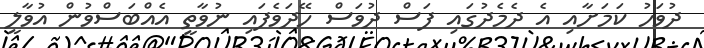
ދުވަހު ކަމަށާއި އެ ދެމެދުގައި ފަސް ދުވަސް ހޭދަވެފައި ނުވާތީ އެއްބަސްވުން އުވާލީ